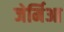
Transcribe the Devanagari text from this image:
जेर्मिआ